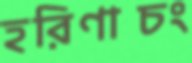
হরিণাচং